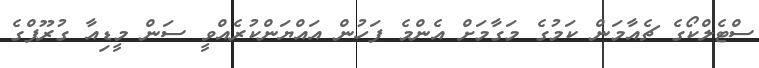
ސްޓެލްކޯގެ ޗެއާމަން ކަމުގެ މަގާމަށް އެންމެ ފަހުން އައްޔަންކުރެއްވީ ސަން މީޑިއާ ގުރޫޕްގެ